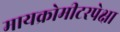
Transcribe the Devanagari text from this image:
मायक्रोमीटरपेक्षा